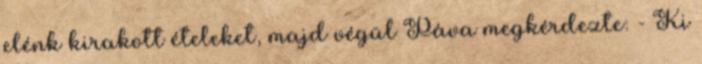
elénk kirakott ételeket, majd végül Páva megkérdezte: - Ki